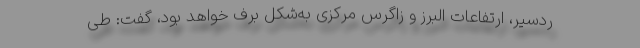
ردسیر، ارتفاعات البرز و زاگرس مرکزی به‌شکل برف خواهد بود، گفت: طی